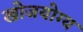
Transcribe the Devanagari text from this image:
खोजयोग्य